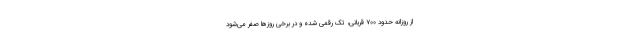
از روزانه حدود ۷۰۰ قربانی، تک رقمی شده و در برخی روزها صفر می‌شود